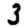
Digit: 3